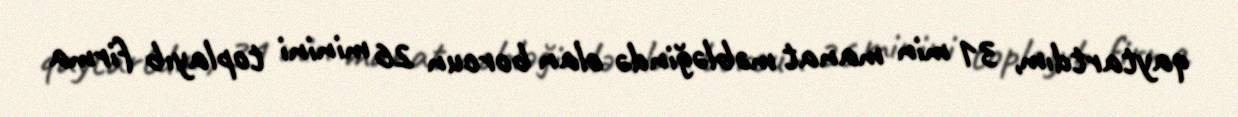
qaytartdım, 31 min manat məbləğində olan borcun 26 minini toplayıb firma